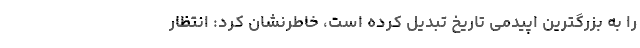
را به بزرگترین اپیدمی تاریخ تبدیل کرده است، خاطرنشان کرد: انتظار